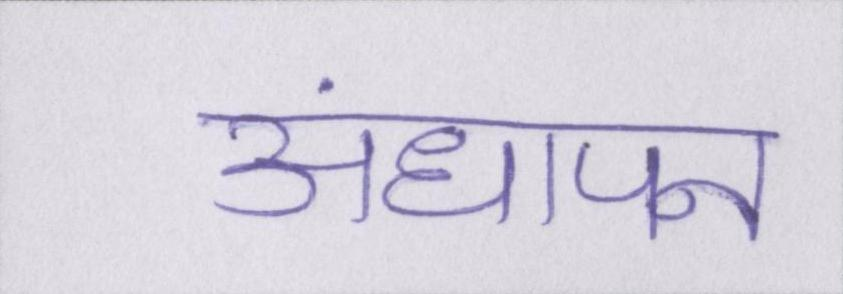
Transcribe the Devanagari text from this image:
अंधापन